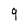
Character: g